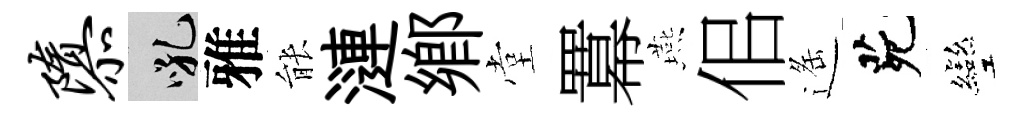
隳吼雅䏻漣郷堂羃燕佀遥茕彎